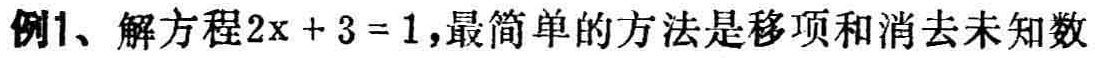
例1、解方程\(2x + 3 = 1\)，最简单的方法是移项和消去未知数